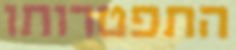
התפטרותו